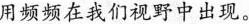
用频频在我们视野中出现。